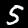
Digit: 5